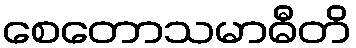
စေတောသမာဓီတိ